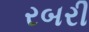
રબરી